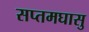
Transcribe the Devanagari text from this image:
सप्तमघासु